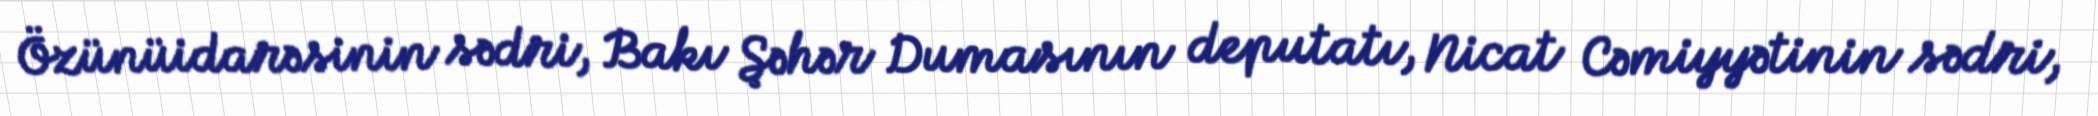
Özünüidarəsinin sədri, Bakı Şəhər Dumasının deputatı, Nicat Cəmiyyətinin sədri,